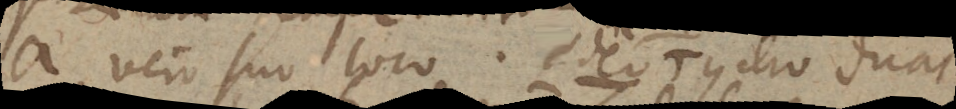
a vero suo loco. Ideo Tycho duas